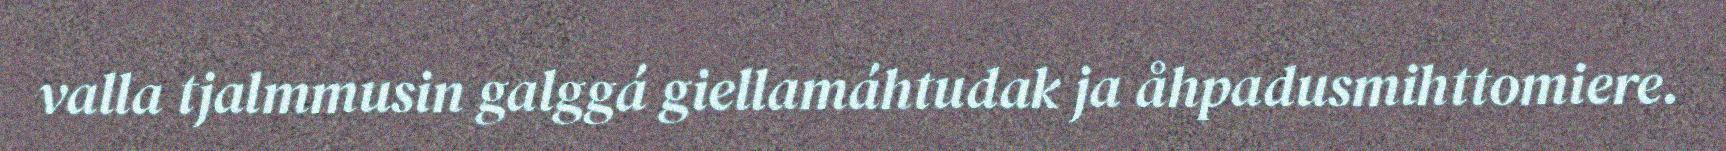
valla tjalmmusin galggá giellamáhtudak ja åhpadusmihttomiere.